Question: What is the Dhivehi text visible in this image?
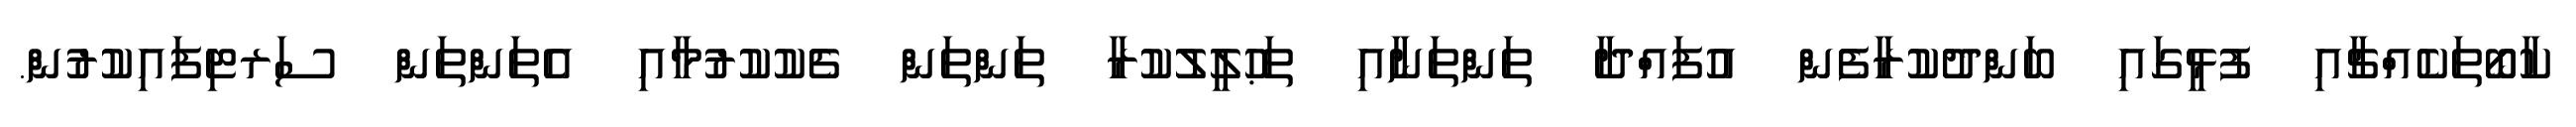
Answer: ކާބޯތަކެއްޗާއި ފުޅީގައި ބަންދުކުރާފެން އުފައްދާ ތަންތަނާއި ތަޙުލީލުކުރާ ތަންތަން ޗެކުކުރުމާއި އެތަންތަން ސަރޓިފައިކުރުން.